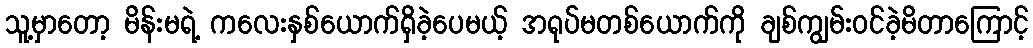
သူ့မှာတော့ မိန်းမရဲ့ ကလေးနှစ်ယောက်ရှိခဲ့ပေမယ့် အရုပ်မတစ်ယောက်ကို ချစ်ကျွမ်းဝင်ခဲ့မိတာကြောင့်